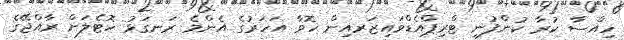
ހިއްސާ ކުރާ ކުންފުނި ޓްރިޕްއެޑްވައިޒަރއިން ހޮވާ އަހަރުގެ އެންމެ ރަނގަޅު ހޮޓެލަށް ރާއްޖޭގެ